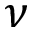
\nu